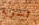
تسوية